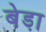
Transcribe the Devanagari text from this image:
बेडा़